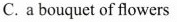
C.a bouquet of flowers